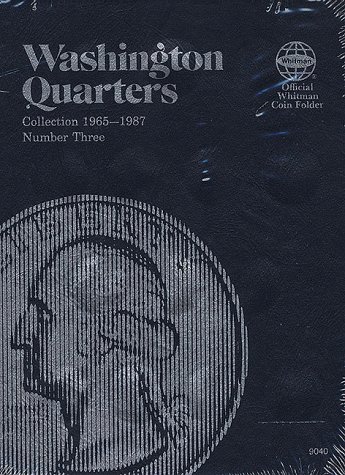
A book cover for Washington Quarter Folder 1965-1987 (Official Whitman Coin Folder); Whitman; Crafts, Hobbies & Home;